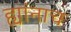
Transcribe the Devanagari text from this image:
ह्यांनाच